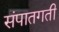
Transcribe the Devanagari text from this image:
संपातगती